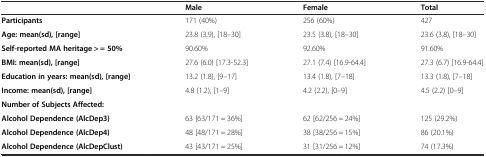
|  | Male | Female | Total |
 | --- | --- | --- | --- |
 | Participants | 171 (40%) | 256 (60%) | 427 |
 | Age: mean(sd), [range] | 23.8 (3.9), [18–30] | 23.5 (3.8), [18–30] | 23.6 (3.8), [18–30] |
 | Self-reported MA heritage > = 50% | 90.60% | 92.60% | 91.60% |
 | BMI: mean(sd), [range] | 27.6 (6.0) [17.3-52.3] | 27.1 (7.4) [16.9-64.4] | 27.3 (6.7) [16.9-64.4] |
 | Education in years: mean(sd), [range] | 13.2 (1.8), [9–17] | 13.4 (1.8), [7–18] | 13.3 (1.8), [7–18] |
 | Income: mean(sd), [range] | 4.8 (1.2), [1–9] | 4.2 (2.2), [0–9] | 4.5 (2.2) [0–9] |
 | Number of Subjects Affected: |  |  |  |
 | Alcohol Dependence (AlcDep3) | 63 [63/171 = 36%] | 62 [62/256 = 24%] | 125 (29.2%) |
 | Alcohol Dependence (AlcDep4) | 48 [48/171 = 28%] | 38 [38/256 = 15%] | 86 (20.1%) |
 | Alcohol Dependence (AlcDepClust) | 43 [43/171 = 25%] | 31 [31/256 = 12%] | 74 (17.3%) |